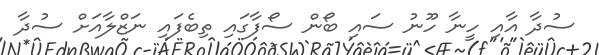
ސުދާ އާއި ހީނާ ހޫނު ސައި ބޯން ސޯފާގައި ތިބެފައި ނަޒްލާއަށް ސުދާ